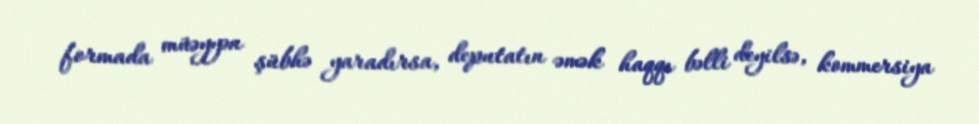
formada müəyyən şübhə yaradırsa, deputatın əmək haqqı bəlli deyilsə, kommersiya